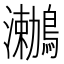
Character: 𪆟